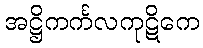
အဋ္ဌိကင်္ကလကုဋိကေ